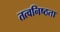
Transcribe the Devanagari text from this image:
तत्वनिष्ठता